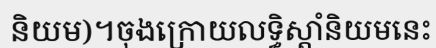
និយម)។ចុងក្រោយលទ្ធិស្តាំនិយមនេះ